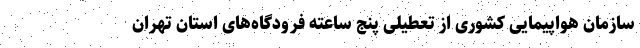
سازمان هواپیمایی کشوری از تعطیلی پنج ساعته فرودگاه‌های استان تهران